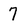
Character: 7